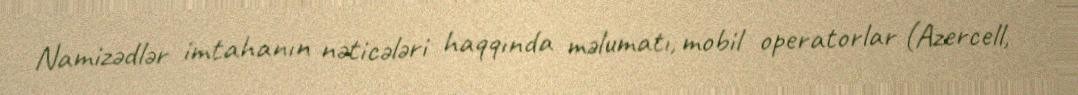
Namizədlər imtahanın nəticələri haqqında məlumatı, mobil operatorlar (Azercell,